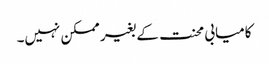
کامیابی محنت کے بغیر ممکن نہیں۔